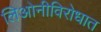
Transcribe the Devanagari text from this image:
लिओनीविरोधात